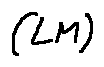
( L M )